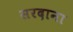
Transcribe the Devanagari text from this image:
सरदाना